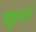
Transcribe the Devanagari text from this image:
खुलनें